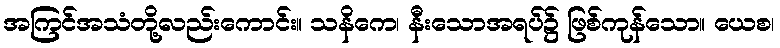
အကြင်အသံတို့လည်းကောင်း။ သနိကေ၊ နီးသောအရပ်၌ ဖြစ်ကုန်သော။ ယေစ၊